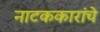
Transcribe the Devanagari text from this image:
नाटककारांचे